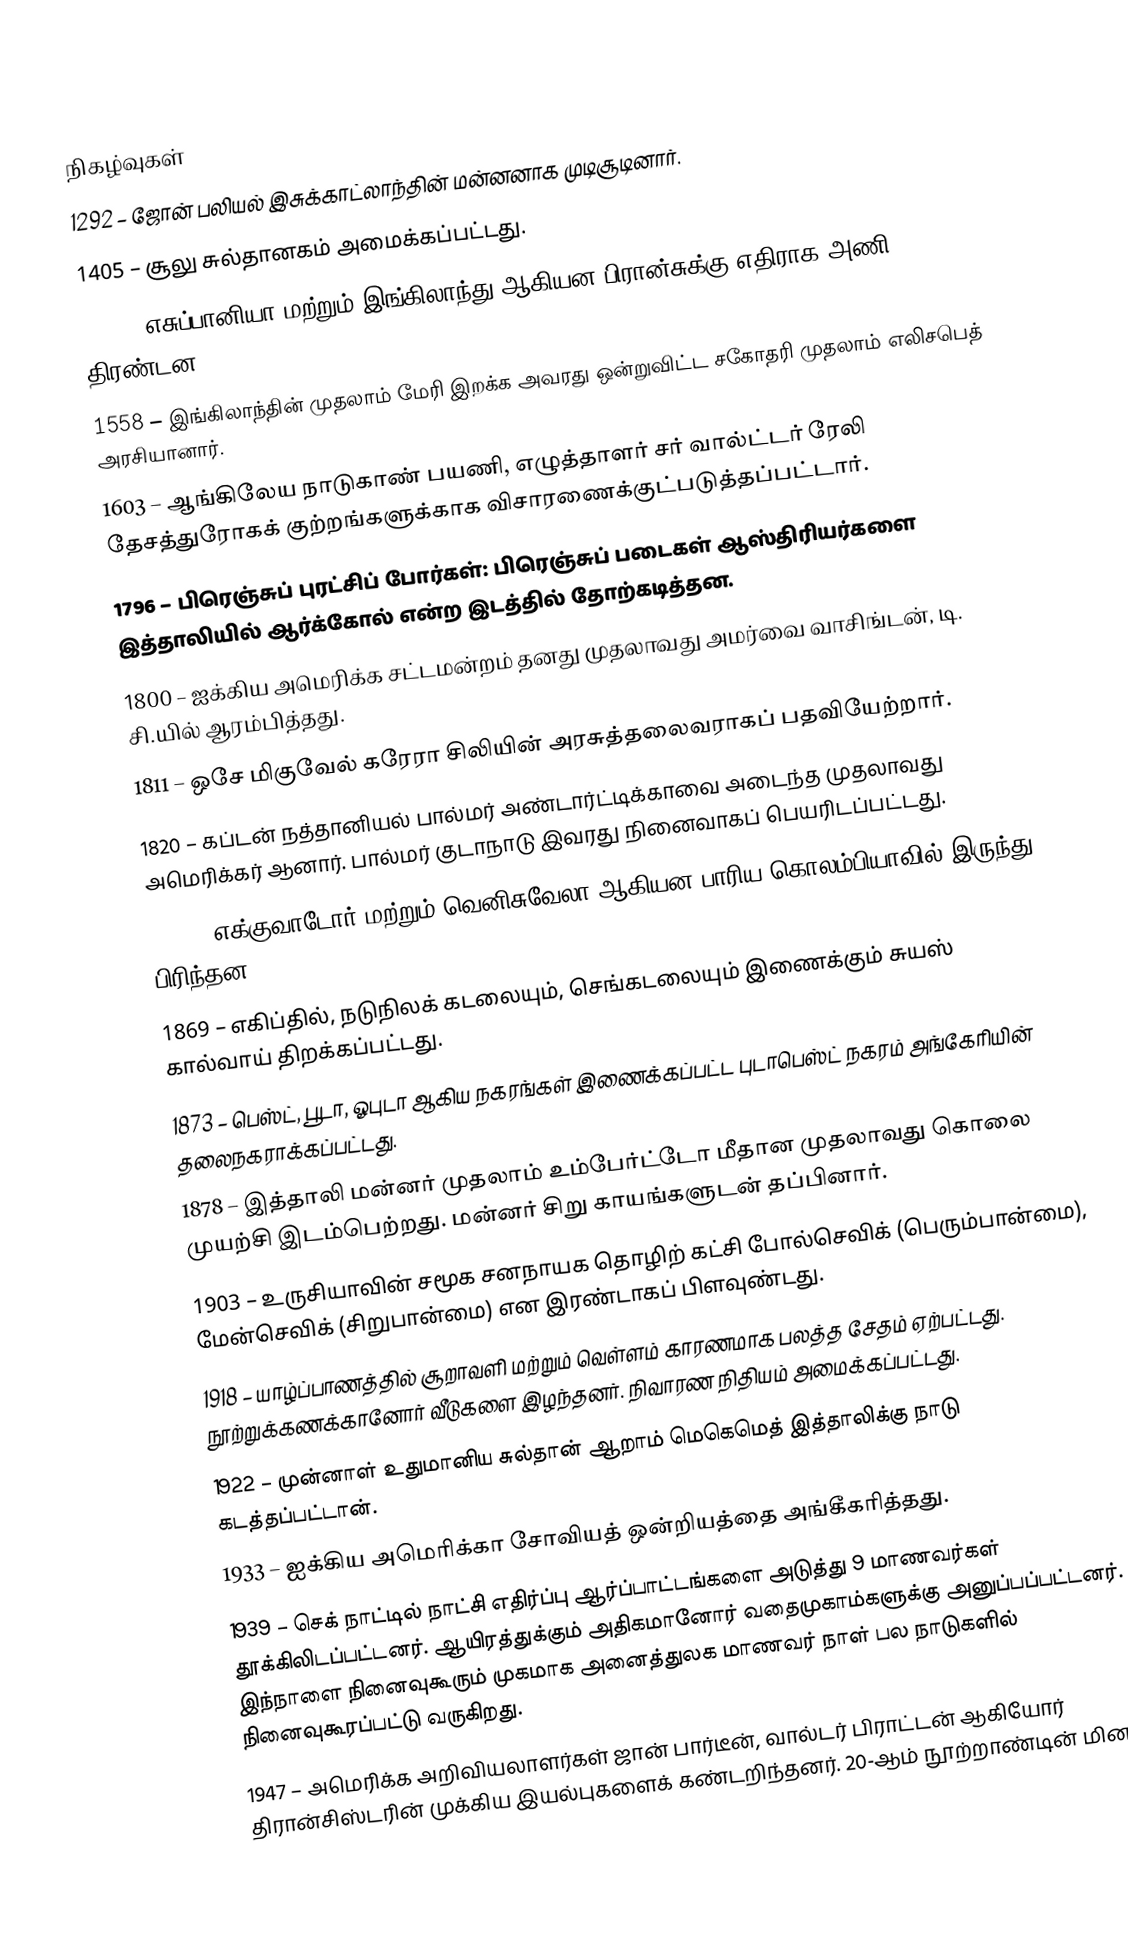

நிகழ்வுகள்
1292 – ஜோன் பலியல் இசுக்காட்லாந்தின் மன்னனாக முடிசூடினார்.
1405 – சூலு சுல்தானகம் அமைக்கப்பட்டது.
1511 – எசுப்பானியா மற்றும் இங்கிலாந்து ஆகியன பிரான்சுக்கு எதிராக அணி திரண்டன.
1558 – இங்கிலாந்தின் முதலாம் மேரி இறக்க அவரது ஒன்றுவிட்ட சகோதரி முதலாம் எலிசபெத் அரசியானார்.
1603 – ஆங்கிலேய நாடுகாண் பயணி, எழுத்தாளர் சர் வால்ட்டர் ரேலி தேசத்துரோகக் குற்றங்களுக்காக விசாரணைக்குட்படுத்தப்பட்டார்.
1796 – பிரெஞ்சுப் புரட்சிப் போர்கள்: பிரெஞ்சுப் படைகள் ஆஸ்திரியர்களை இத்தாலியில் ஆர்க்கோல் என்ற இடத்தில் தோற்கடித்தன.
1800 – ஐக்கிய அமெரிக்க சட்டமன்றம் தனது முதலாவது அமர்வை வாசிங்டன், டி. சி.யில் ஆரம்பித்தது.
1811 – ஒசே மிகுவேல் கரேரா சிலியின் அரசுத்தலைவராகப் பதவியேற்றார்.
1820 – கப்டன் நத்தானியல் பால்மர் அண்டார்ட்டிக்காவை அடைந்த முதலாவது அமெரிக்கர் ஆனார். பால்மர் குடாநாடு இவரது நினைவாகப் பெயரிடப்பட்டது.
1831 – எக்குவாடோர் மற்றும் வெனிசுவேலா ஆகியன பாரிய கொலம்பியாவில் இருந்து பிரிந்தன.
1869 – எகிப்தில், நடுநிலக் கடலையும், செங்கடலையும் இணைக்கும் சுயஸ் கால்வாய் திறக்கப்பட்டது.
1873 – பெஸ்ட், பூடா, ஓபுடா ஆகிய நகரங்கள் இணைக்கப்பட்ட புடாபெஸ்ட் நகரம் அங்கேரியின் தலைநகராக்கப்பட்டது.
1878 – இத்தாலி மன்னர் முதலாம் உம்பேர்ட்டோ மீதான முதலாவது கொலை முயற்சி இடம்பெற்றது. மன்னர் சிறு காயங்களுடன் தப்பினார்.
1903 – உருசியாவின் சமூக சனநாயக தொழிற் கட்சி போல்செவிக் (பெரும்பான்மை), மேன்செவிக் (சிறுபான்மை) என இரண்டாகப் பிளவுண்டது.
1918 – யாழ்ப்பாணத்தில் சூறாவளி மற்றும் வெள்ளம் காரணமாக பலத்த சேதம் ஏற்பட்டது. நூற்றுக்கணக்கானோர் வீடுகளை இழந்தனர். நிவாரண நிதியம் அமைக்கப்பட்டது.
1922 – முன்னாள் உதுமானிய சுல்தான் ஆறாம் மெகெமெத் இத்தாலிக்கு நாடு கடத்தப்பட்டான்.
1933 – ஐக்கிய அமெரிக்கா சோவியத் ஒன்றியத்தை அங்கீகரித்தது.
1939 – செக் நாட்டில் நாட்சி எதிர்ப்பு ஆர்ப்பாட்டங்களை அடுத்து 9 மாணவர்கள் தூக்கிலிடப்பட்டனர். ஆயிரத்துக்கும் அதிகமானோர் வதைமுகாம்களுக்கு அனுப்பப்பட்டனர். இந்நாளை நினைவுகூரும் முகமாக அனைத்துலக மாணவர் நாள் பல நாடுகளில் நினைவுகூரப்பட்டு வருகிறது.
1947 – அமெரிக்க அறிவியலாளர்கள் ஜான் பார்டீன், வால்டர் பிராட்டன் ஆகியோர் திரான்சிஸ்டரின் முக்கிய இயல்புகளைக் கண்டறிந்தனர். 20-ஆம் நூற்றாண்டின் மின